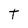
Character: T